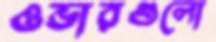
ওভারগুলো